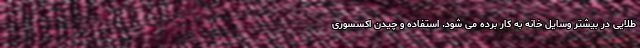
طلایی در بیشتر وسایل خانه به کار برده می شود. استفاده و چیدن اکسسوری